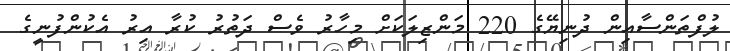
ލުފްތަންސާއިން ދުނިޔޭގެ 220 މަންޒިލަކަށް މިހާރު ވެސް ދަތުރު ކުރާ އިރު އެކުންފުނީގެ